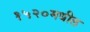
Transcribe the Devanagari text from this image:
१५२०मधील